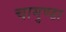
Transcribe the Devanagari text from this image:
चामुण्‍डा